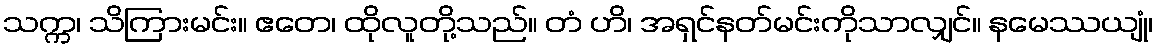
သက္က၊ သိကြားမင်း။ ဧတေ၊ ထိုလူတို့သည်။ တံ ဟိ၊ အရှင်နတ်မင်းကိုသာလျှင်။ နမေဿယျုံ၊